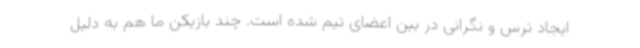
ایجاد ترس و نگرانی در بین اعضای تیم شده است. چند بازیکن ما هم به دلیل